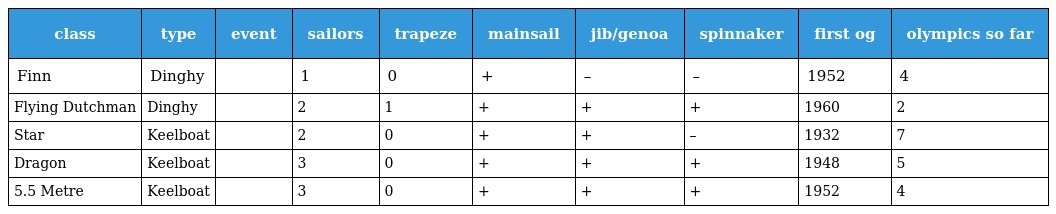
| class | type | event | sailors | trapeze | mainsail | jib/genoa | spinnaker | first og | olympics so far |
 | --- | --- | --- | --- | --- | --- | --- | --- | --- | --- |
 | Finn | Dinghy |  | 1 | 0 | + | – | – | 1952 | 4 |
 | Flying Dutchman | Dinghy |  | 2 | 1 | + | + | + | 1960 | 2 |
 | Star | Keelboat |  | 2 | 0 | + | + | – | 1932 | 7 |
 | Dragon | Keelboat |  | 3 | 0 | + | + | + | 1948 | 5 |
 | 5.5 Metre | Keelboat |  | 3 | 0 | + | + | + | 1952 | 4 |